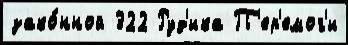
зако́нной 322 Руд'ика П'ер'емог'и